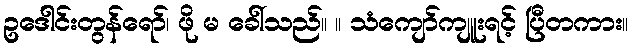
ဥဒေါင်းတွန်ရော်၊ ဖို မ ခေါ်သည်။ ။ သံကျော်ကျူးရင့် ပြီတကား။